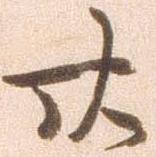
廿